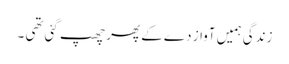
زندگی ہمیں آواز دے کے پھر چھپ گئی تھی ۔